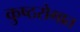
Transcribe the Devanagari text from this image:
कुष्ठरोगात